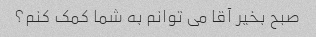
صبح بخیر آقا می توانم به شما کمک کنم؟